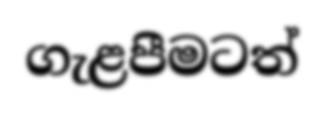
ගැළපීමටත්